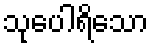
သုပေါရိသော